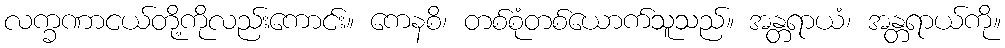
လက္ခဏာငယ်တို့ကိုလည်းကောင်း။ ကေနစိ၊ တစ်စုံတစ်ယောက်သူသည်။ အန္တရာယံ၊ အန္တရာယ်ကို။